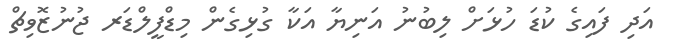
އަދި ފައިގެ ކުޑަ ހުޅަށް ލިބުނު އަނިޔާ އަކާ ގުޅިގެން މިޑްފީލްޑަރ ޖުނުޒޮވިޗް